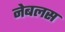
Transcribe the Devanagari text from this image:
नेबलस